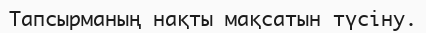
Тапсырманың нақты мақсатын түсіну.